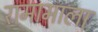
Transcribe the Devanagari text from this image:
रामामाला